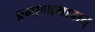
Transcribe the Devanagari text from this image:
प्रमाणाभावात्